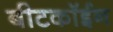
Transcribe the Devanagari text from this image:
बीटकॉईन